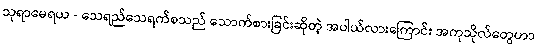
သုရာမေရယ - သေရည်သေရက်စသည် သောက်စားခြင်းဆိုတဲ့ အပါယ်လားကြောင်း အကုသိုလ်တွေဟာ